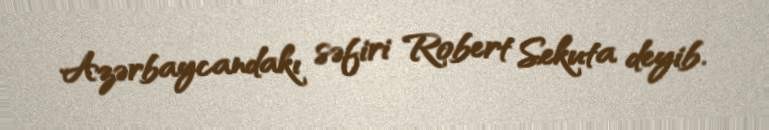
Azərbaycandakı səfiri Robert Sekuta deyib.